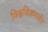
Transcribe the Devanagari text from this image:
विश्वविक्रमवीर